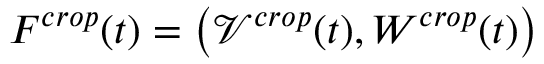
F ^ { c r o p } ( t ) = \left( \mathscr { V } ^ { c r o p } ( t ) , W ^ { c r o p } ( t ) \right)